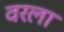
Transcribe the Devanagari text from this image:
वरला